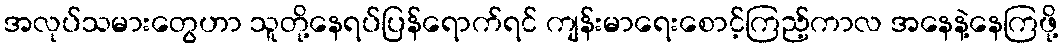
အလုပ်သမားတွေဟာ သူတို့နေရပ်ပြန်ရောက်ရင် ကျန်းမာရေးစောင့်ကြည့်ကာလ အနေနဲ့နေကြဖို့